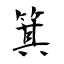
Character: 箕